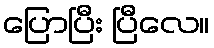
ပြောပြီး ပြီလေ။